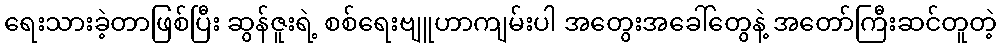
ရေးသားခဲ့တာဖြစ်ပြီး ဆွန်ဇူးရဲ့ စစ်ရေးဗျူဟာကျမ်းပါ အတွေးအခေါ်တွေနဲ့ အတော်ကြီးဆင်တူတဲ့